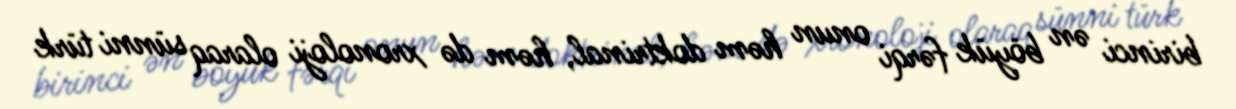
birinci ən böyük fərqi onun həm doktrinal, həm də xronoloji olaraq sünni türk